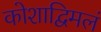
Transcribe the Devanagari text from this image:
कोशाद्विमलं